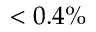
< 0 . 4 \%